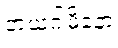
ဘယဂါမိနော